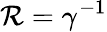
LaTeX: \mathcal R=\gamma^{-1}